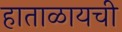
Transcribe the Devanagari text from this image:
हाताळायची